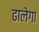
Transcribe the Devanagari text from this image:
ढालेगा